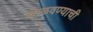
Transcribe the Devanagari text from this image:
चाळवण्याची